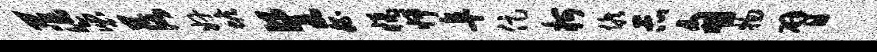
茫褒落奸蟾餐嵇橘怦阜促柯候示甸物臂